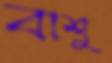
বাশু